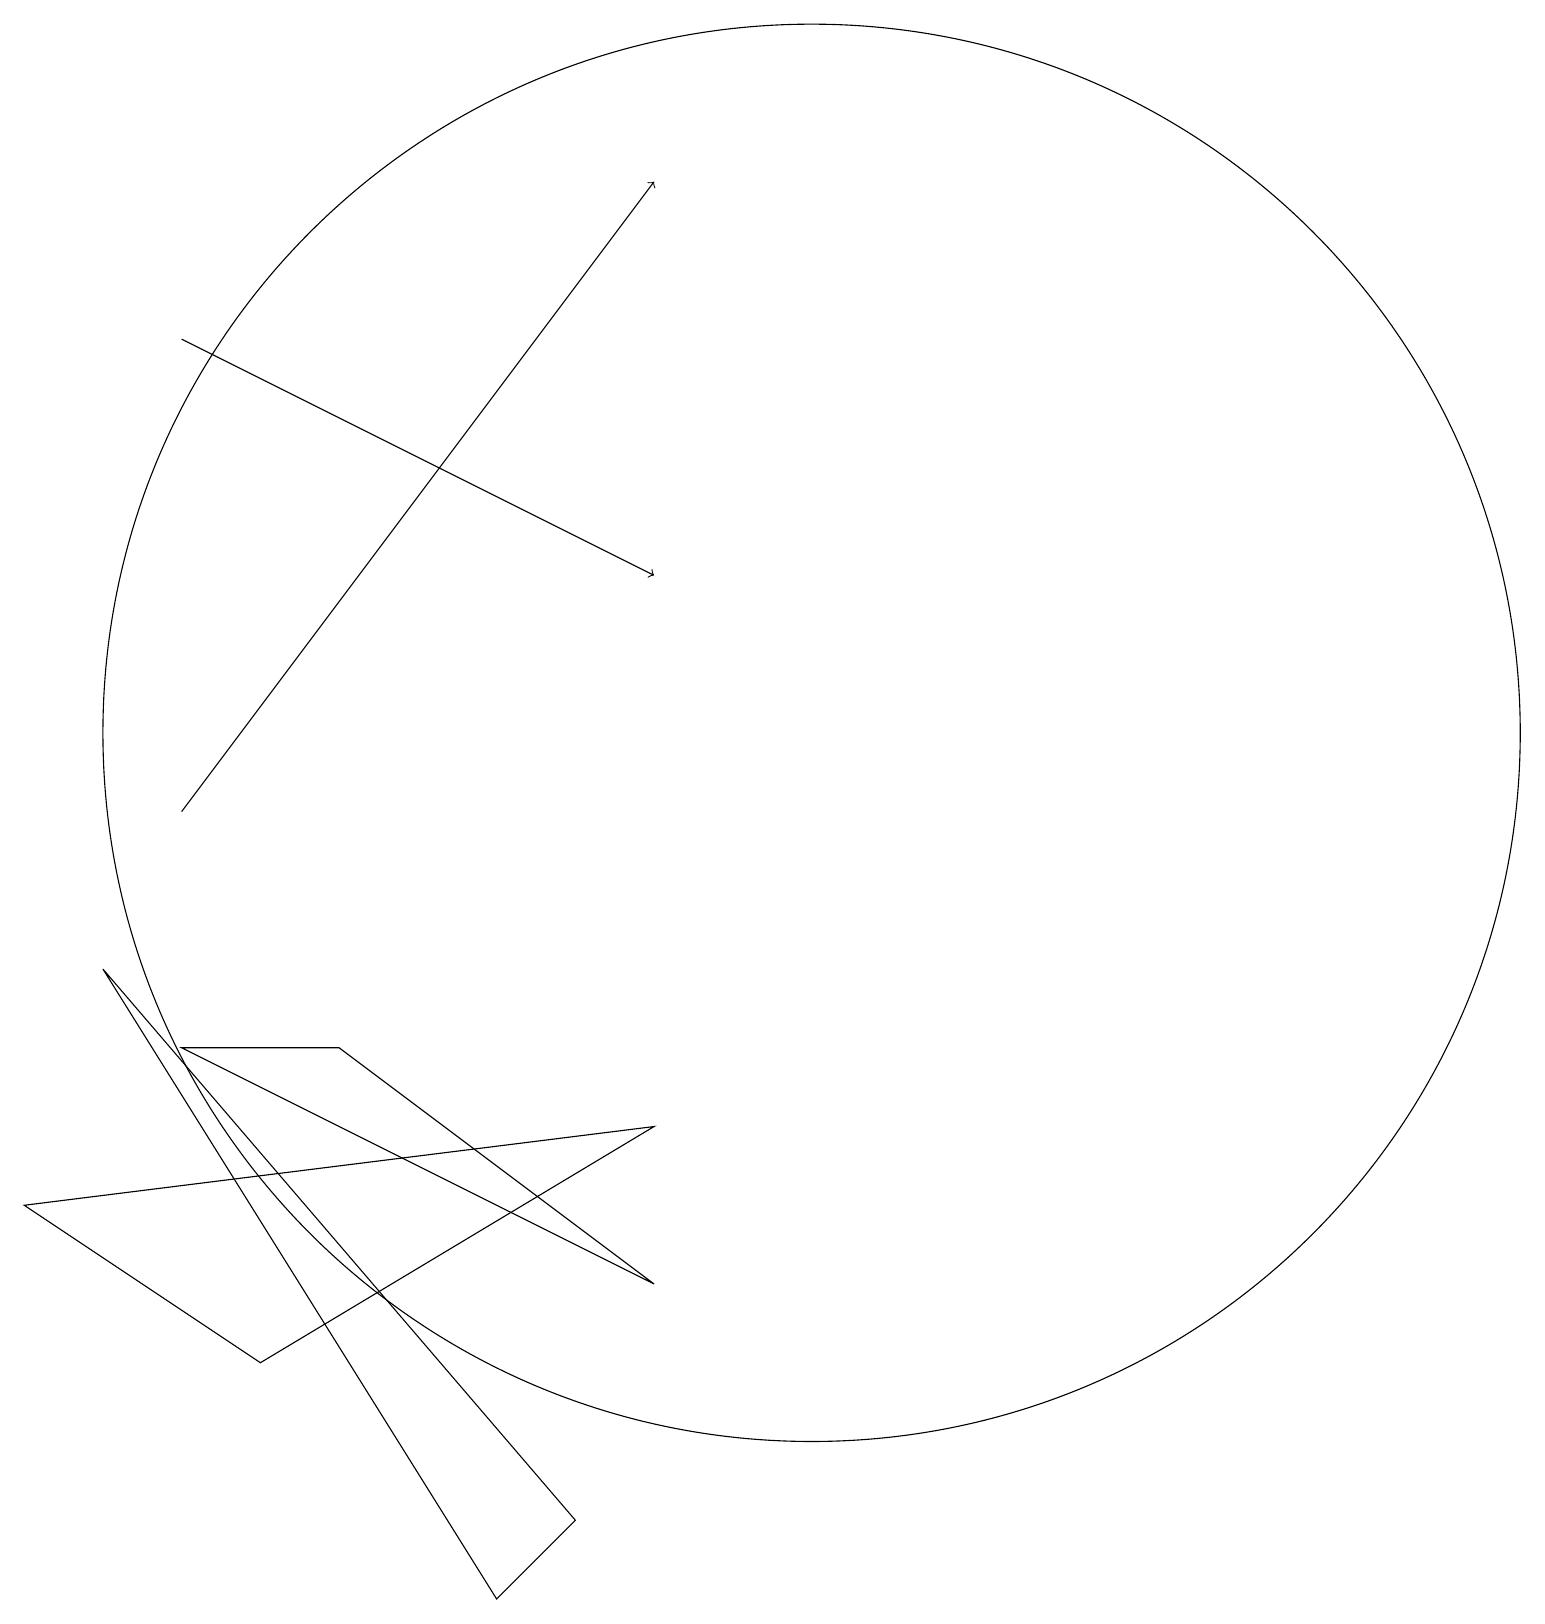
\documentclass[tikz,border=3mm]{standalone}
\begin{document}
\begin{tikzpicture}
\draw (5,7) -- (3,7) -- (9,4) -- cycle;
\draw (1,5) -- (4,3) -- (9,6) -- cycle;
\draw (7,0) -- (2,8) -- (8,1) -- cycle;
\draw (11,11) circle (9);
\draw[->] (3,10) -- (9,18);
\draw[->] (3,16) -- (9,13);
\draw (10,12) circle (0);
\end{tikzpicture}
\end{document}